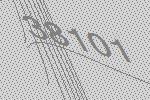
38101